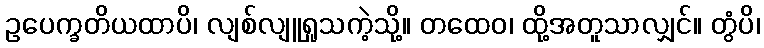
ဥပေက္ခတိယထာပိ၊ လျစ်လျူရှုသကဲ့သို့။ တထေဝ၊ ထို့အတူသာလျှင်။ တွံပိ၊